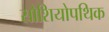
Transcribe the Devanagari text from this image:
सोशियोपथिक